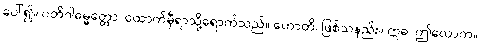
ပေါ်၍။ ပတိဂါဓမ္မတ္တော၊ ထောက်မှီရာသို့ရောက်သည်။ ဟောတိ၊ ဖြစ်သနည်း။ ဣဓ၊ ဤလောက။